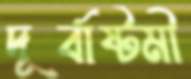
দূর্বাষ্টমী